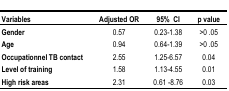
<table><thead><tr><td><b>Variables</b></td><td><b>Adjusted OR</b></td><td><b>95% CI</b></td><td><b>p value</b></td></tr></thead><tbody><tr><td><b>Gender</b></td><td>0.57</td><td>0.23–1.38</td><td>&gt;0 .05</td></tr><tr><td><b>Age</b></td><td>0.94</td><td>0.64–1.39</td><td>&gt;0 .05</td></tr><tr><td><b>Occupationnel TB contact</b></td><td>2.55</td><td>1.25–6.57</td><td>0.04</td></tr><tr><td><b>Level of training</b></td><td>1.58</td><td>1.13–4.55</td><td>0.01</td></tr><tr><td><b>High risk areas</b></td><td>2.31</td><td>0.61–8.76</td><td>0.03</td></tr></tbody></table>